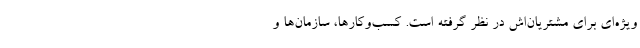
ویژه‌ای برای مشتریان‌اش در نظر گرفته است. کسب‌وکارها، سازمان‌ها و